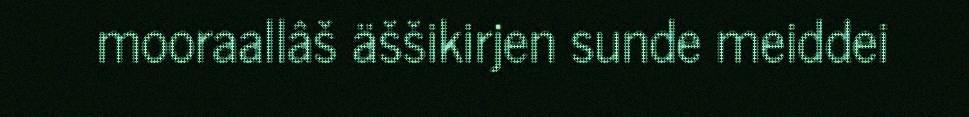
mooraallâš äššikirjen sunde meiddei